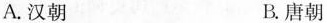
A.汉朝 B.唐朝